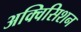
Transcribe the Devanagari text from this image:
अक्विसिशन